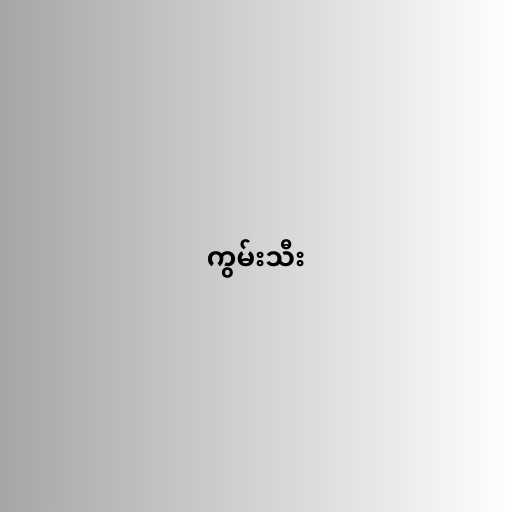
ကွမ်းသီး